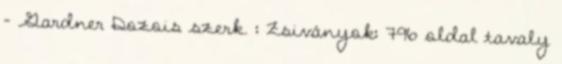
– Gardner Dozois szerk. : Zsiványok: 796 oldal tavaly